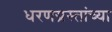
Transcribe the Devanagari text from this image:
धरणग्रस्तांच्या